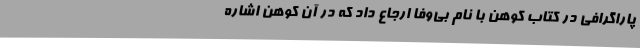
پاراگرافی در کتاب کوهن با نام بی‌وفا ارجاع داد که در آن کوهن اشاره